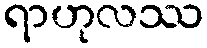
ရာဟုလဿ